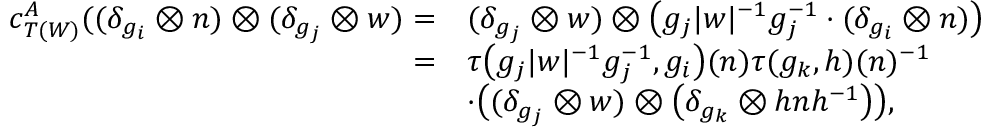
\begin{array} { r l } { c _ { T ( W ) } ^ { A } ( ( \delta _ { g _ { i } } \otimes n ) \otimes ( \delta _ { g _ { j } } \otimes w ) = } & { ( \delta _ { g _ { j } } \otimes w ) \otimes \big ( g _ { j } | w | ^ { - 1 } g _ { j } ^ { - 1 } \cdot ( \delta _ { g _ { i } } \otimes n ) \big ) } \\ { = } & { \tau \big ( g _ { j } | w | ^ { - 1 } g _ { j } ^ { - 1 } , g _ { i } \big ) ( n ) \tau ( g _ { k } , h ) ( n ) ^ { - 1 } } \\ & { \cdot \big ( ( \delta _ { g _ { j } } \otimes w ) \otimes \big ( \delta _ { g _ { k } } \otimes h n h ^ { - 1 } \big ) \big ) , } \end{array}